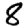
Digit: 8